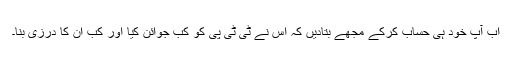
اب آپ خود ہی حساب کرکے مجھے بتادیں کہ اس نے ٹی ٹی پی کو کب جوائن کیا اور کب ان کا درزی بنا۔